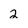
Character: 2